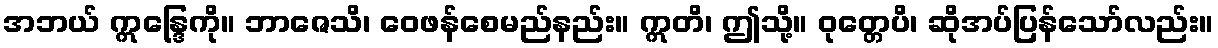
အဘယ် ဣန္ဒြေကို။ ဘာဇေသိ၊ ဝေဖန်စေမည်နည်း။ ဣတိ၊ ဤသို့။ ဝုတ္တေပိ၊ ဆိုအပ်ပြန်သော်လည်း။